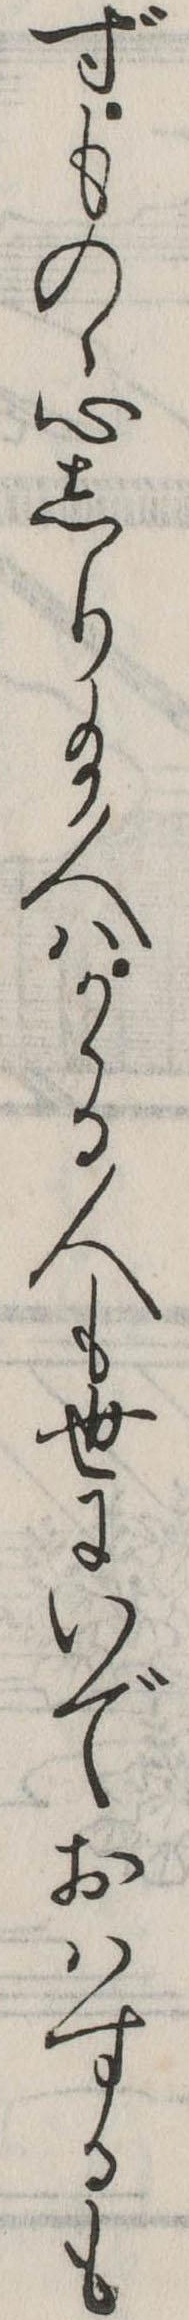
ずものゝ心しり給人はかゝる人も世にいでおはするも